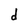
Character: d